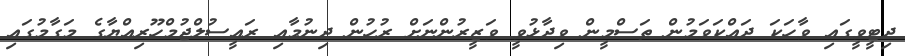
ދިޓީވީގައި ވާހަކަ ދައްކަވަމުން ތަސްމީން ވިދާޅުވީ ވަޒީރުންނަށް ރުހުން ދިނުމާއި ރައީސުލްޖުމްހޫރިއްޔާގެ މަގާމުގައި